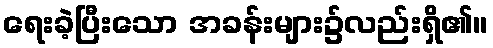
ရေးခဲ့ပြီးသော အခန်းများ၌လည်းရှိ၏။